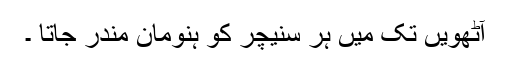
آٹھویں تک میں ہر سنیچر کو ہنومان مندر جاتا ۔